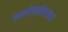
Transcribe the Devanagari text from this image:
कल्लोलकोलाहलः